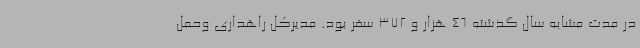
در مدت مشابه سال گذشته 46 هزار و 372 سفر بود. مدیرکل راهداری وحمل